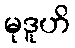
မုဒူဟိ